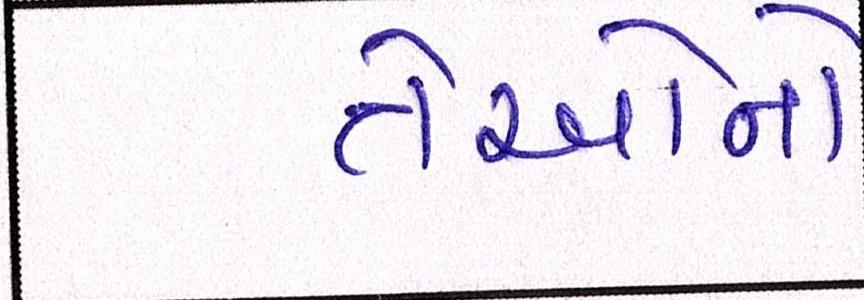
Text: તેઓનો